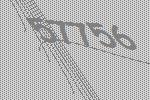
57756